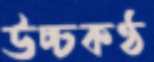
উচ্চকণ্ঠ